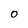
Character: 0